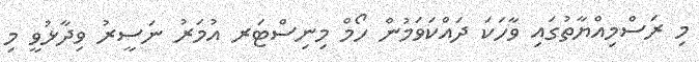
މި ރަސްމިއްޔާތުގައި ވާހަކަ ދައްކަވަމުން ހޯމް މިނިސްޓަރ އުމަރު ނަސީރު ވިދާޅުވީ މި